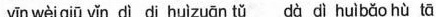
yīn wèiqiū yǐn dì di huìzuān tǔ dà dì huìbǎo hù tā